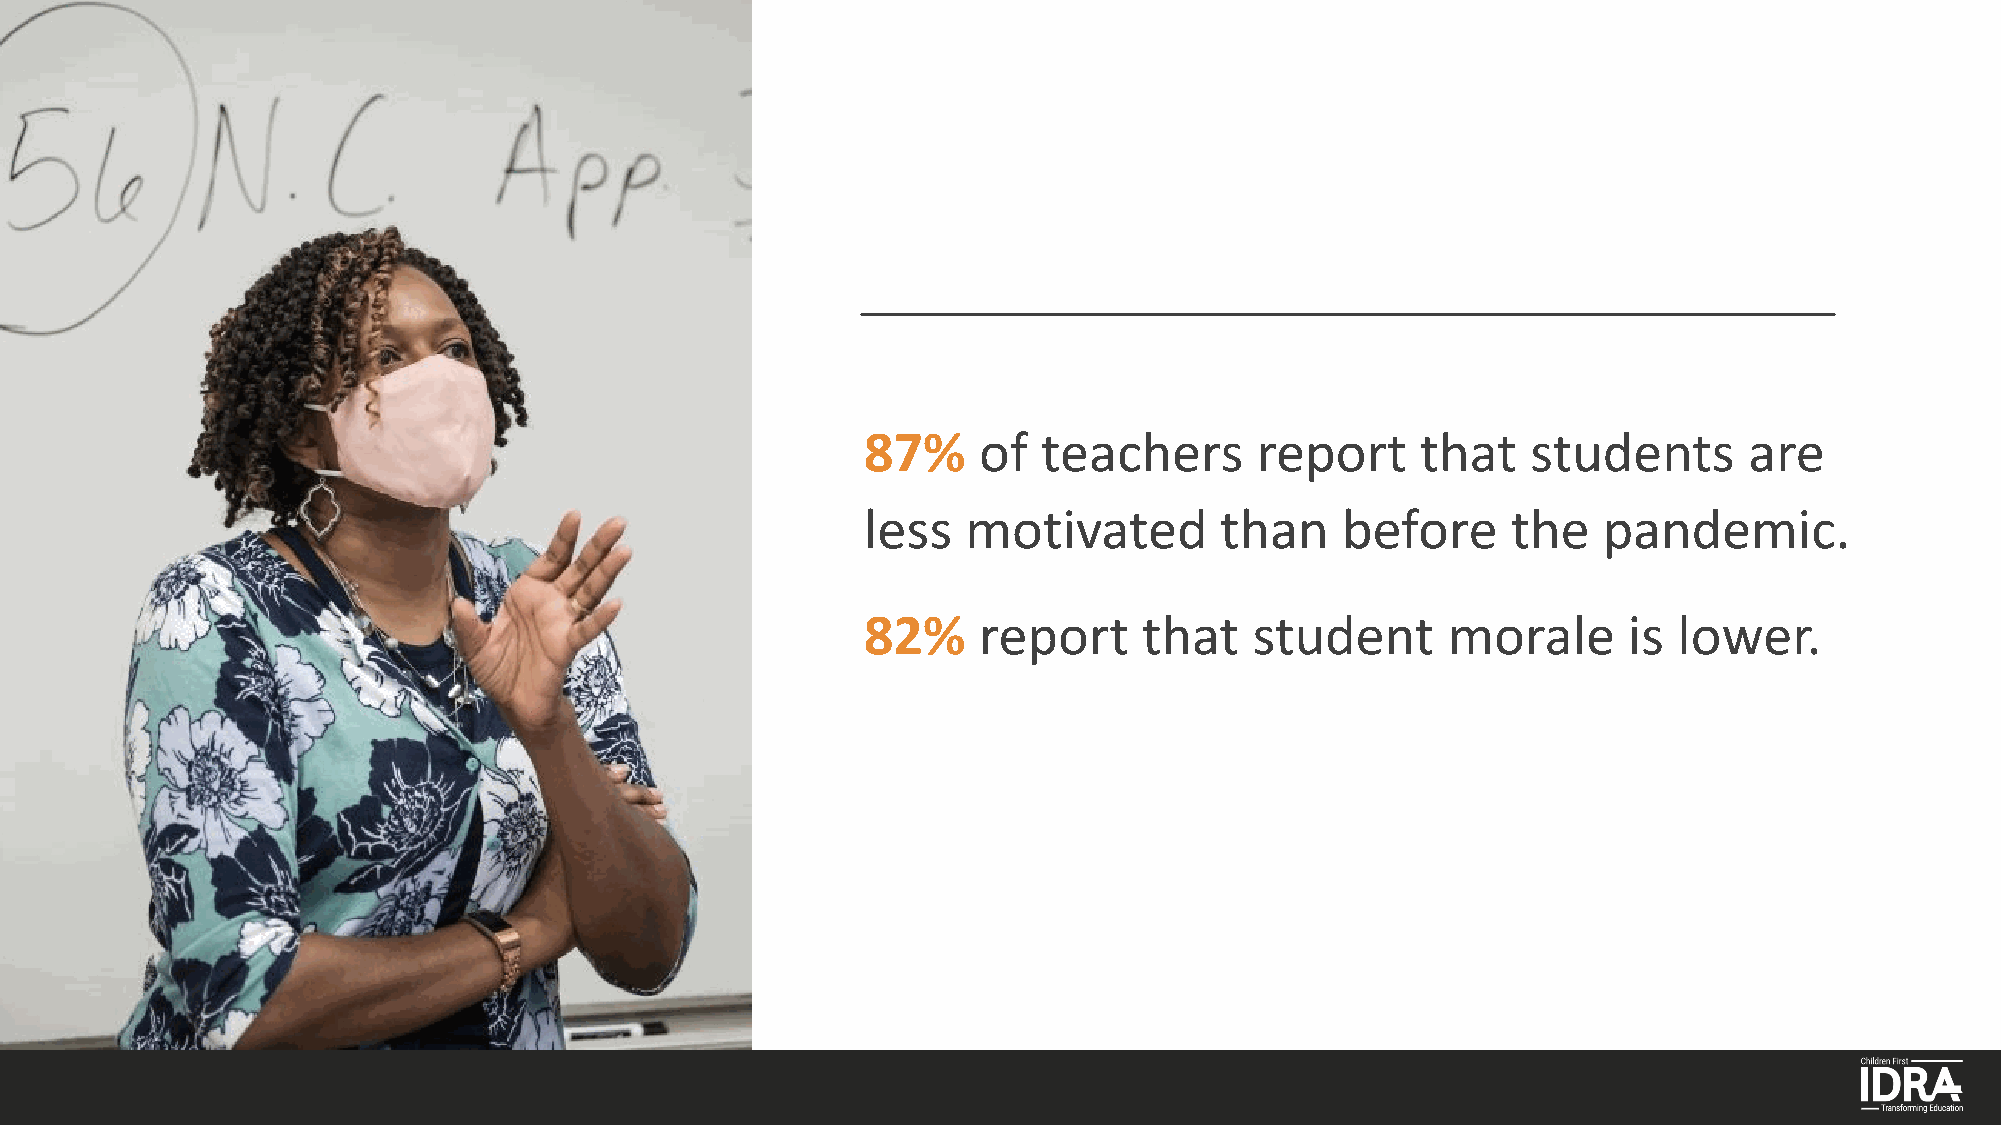
87%     of  teachers      report     that   students       are
 less   motivated        than    before     the   pandemic.
 82%     report     that   student      morale      is lower.